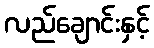
လည်ချောင်းနှင့်